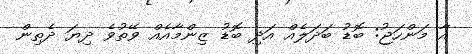
އާ މަންހަޖު: ބޮޑު ބަދަލެއް އަދި ބޮޑު ޒިންމާއެއް ވޭތުވެ ދިޔަ ދެތިން